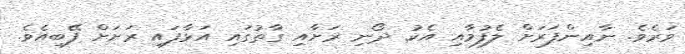
ވަރެވެ. ނާއިންފަރަށް ލެފުމާއި އެކު